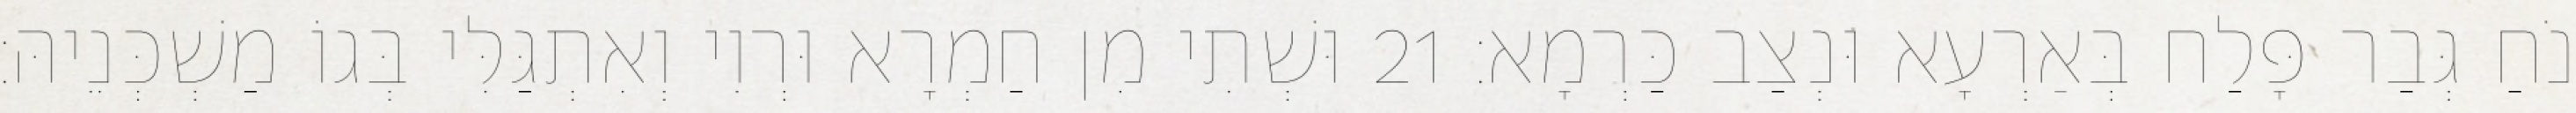
נֹחַ גְּבַר פָּלַח בְּאַרְעָא וּנְצַב כַּרְמָא׃ 21 וּשְׁתִי מִן חַמְרָא וּרְוִי וְאִתְגַּלִּי בְּגוֹ מַשְׁכְּנֵיהּ׃